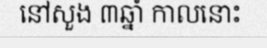
នៅសួង ៣ឆ្នាំ កាលនោះ